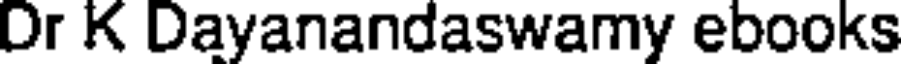
Dr K Dayanandaswamy ebooks